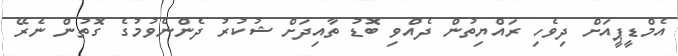
އެމްޑީޕީއަށް ދިވެހި ރައްޔިތުން ދެއްވި ބޮޑު ތާއިދަށް ޝުކުރު ދެންނެވުމުގެ ގޮތުން ނެރޭ